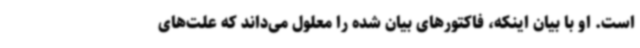
است. او با بیان اینکه، فاکتورهای بیان شده را معلول می‌داند که علت‌های